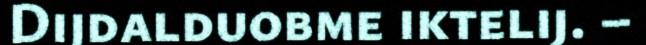
Dijdalduobme iktelij. –